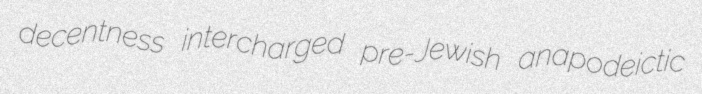
decentness intercharged pre-Jewish anapodeictic